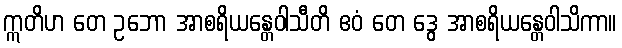
ဣတိဟ တေ ဥဘော အာစရိယန္တေဝါသီတိ ဧဝံ တေ ဒွေ အာစရိယန္တေဝါသိကာ။